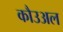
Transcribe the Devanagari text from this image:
कौउअल